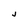
Character: j